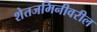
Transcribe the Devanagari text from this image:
शेतजमिनीवरील